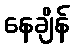
နေချိန်